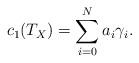
LaTeX: \begin{align*}c_1(T_X)=\sum_{i=0}^N a_i \gamma_i.\end{align*}